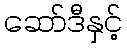
ဆော်ဒီနှင့်